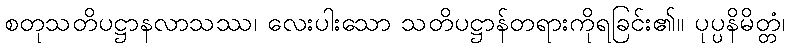
စတုသတိပဋ္ဌာနလာသဿ၊ လေးပါးသော သတိပဋ္ဌာန်တရားကိုရခြင်း၏။ ပုပ္ပနိမိတ္တံ၊